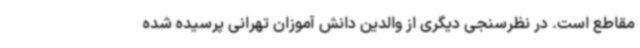
مقاطع است. در نظرسنجی دیگری از والدین دانش آموزان تهرانی پرسیده شده